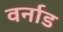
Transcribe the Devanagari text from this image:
वर्नाड